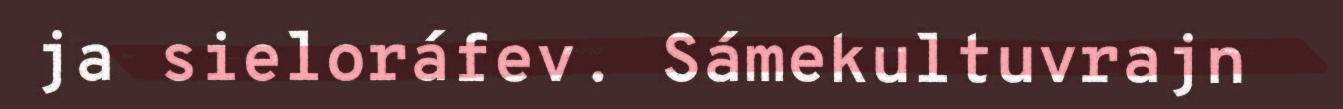
ja sieloráfev. Sámekultuvrajn